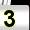
Digit: 3